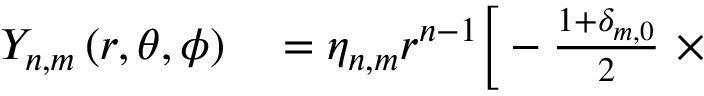
\begin{array} { r l } { Y _ { n , m } \left( r , \theta , \phi \right) } & { { } = \eta _ { n , m } r ^ { n - 1 } \Big [ - \frac { 1 + \delta _ { m , 0 } } { 2 } \ \times } \end{array}